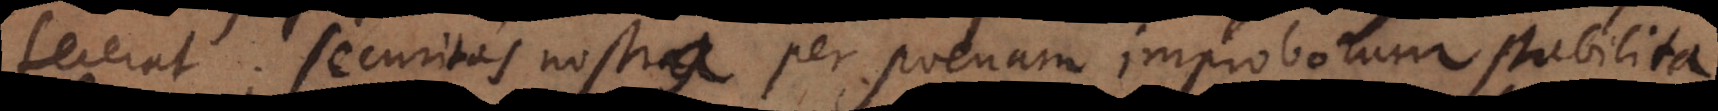
fecerat; securitas nostra per poenam improborum stabilita.